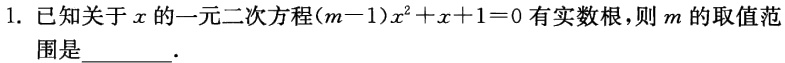
1. 已知关于\(x\)的一元二次方程\((m - 1)x^{2}+x + 1 = 0\)有实数根，则\(m\)的取值范

围是  ．